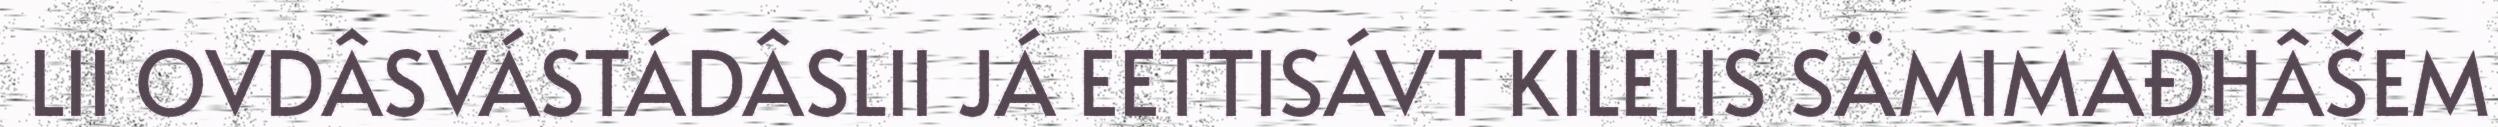
LII OVDÂSVÁSTÁDÂSLII JÁ EETTISÁVT KILELIS SÄMIMAĐHÂŠEM